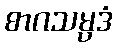
စာဂသမ္ပဒံ